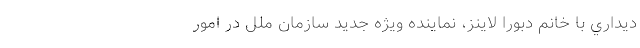
ديداري با خانم دبورا لاينز، نماينده ويژه جديد سازمان ملل در امور